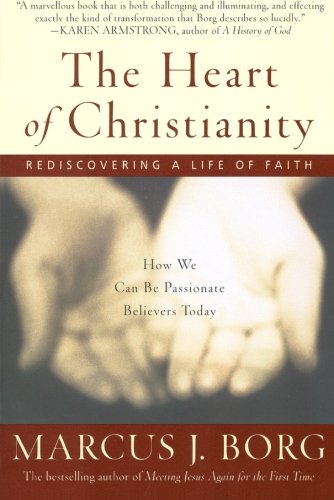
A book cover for The Heart of Christianity: Rediscovering a Life of Faith; Marcus J. Borg; Religion & Spirituality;